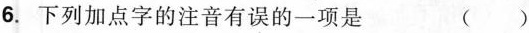
6.下列加点字的注音有误的一项是 （）